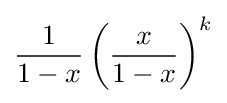
{\frac {1}{1-x}}\left({\frac {x}{1-x}}\right)^{k}